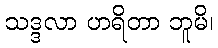
သဒ္ဒလာ ဟရိတာ ဘူမိ၊